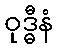
ဝုဒ္ဓီနံ